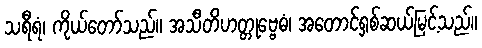
သရီရံ၊ ကိုယ်တော်သည်။ အသီတိဟတ္တုဗ္ဗေဓံ၊ အတောင်ရှစ်ဆယ်မြင့်သည်။